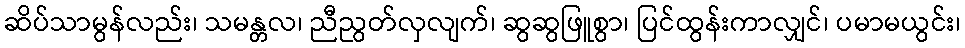
ဆိပ်သာမွန်လည်း၊ သမန္တလ၊ ညီညွတ်လှလျက်၊ ဆွဆွဖြူစွာ၊ ပြင်ထွန်းကာလျှင်၊ ပမာမယွင်း၊